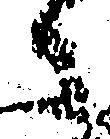
之